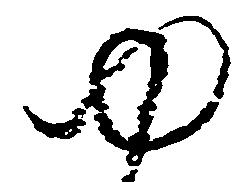
ゆ